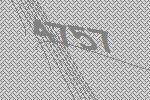
4757